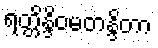
ရတ္တိန္ဒိဝမတန္ဒိတာ